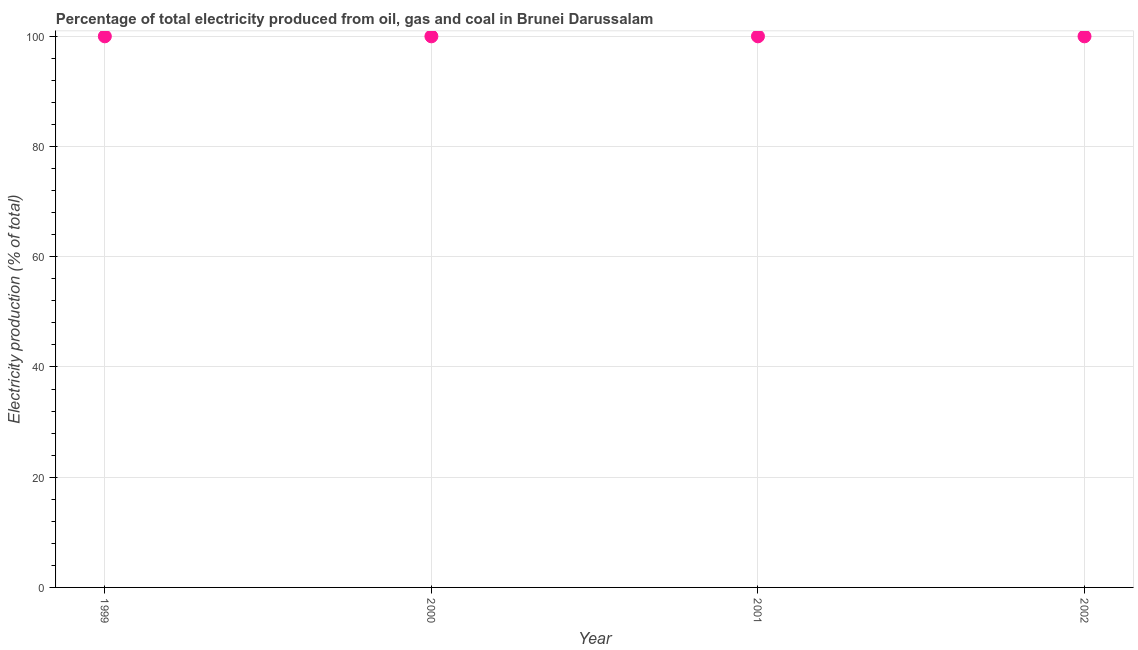
| Year | Electricity production |
 | --- | --- |
 | 1999 | 100 |
 | 2000 | 100 |
 | 2001 | 100 |
 | 2002 | 100 |